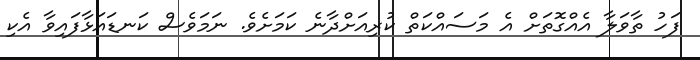
ފަހު ތާވަލާ އެއްގޮތަށް އެ މަސައްކަތް ކުރިއަށްދާނެ ކަމަށެވެ. ނަމަވެސް ކަނޑައަޅާފައިވާ އެކި